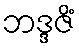
ဘဒ္ဒဇိံ